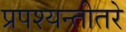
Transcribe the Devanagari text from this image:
प्रपश्यन्तीतरे